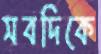
সবদিকে